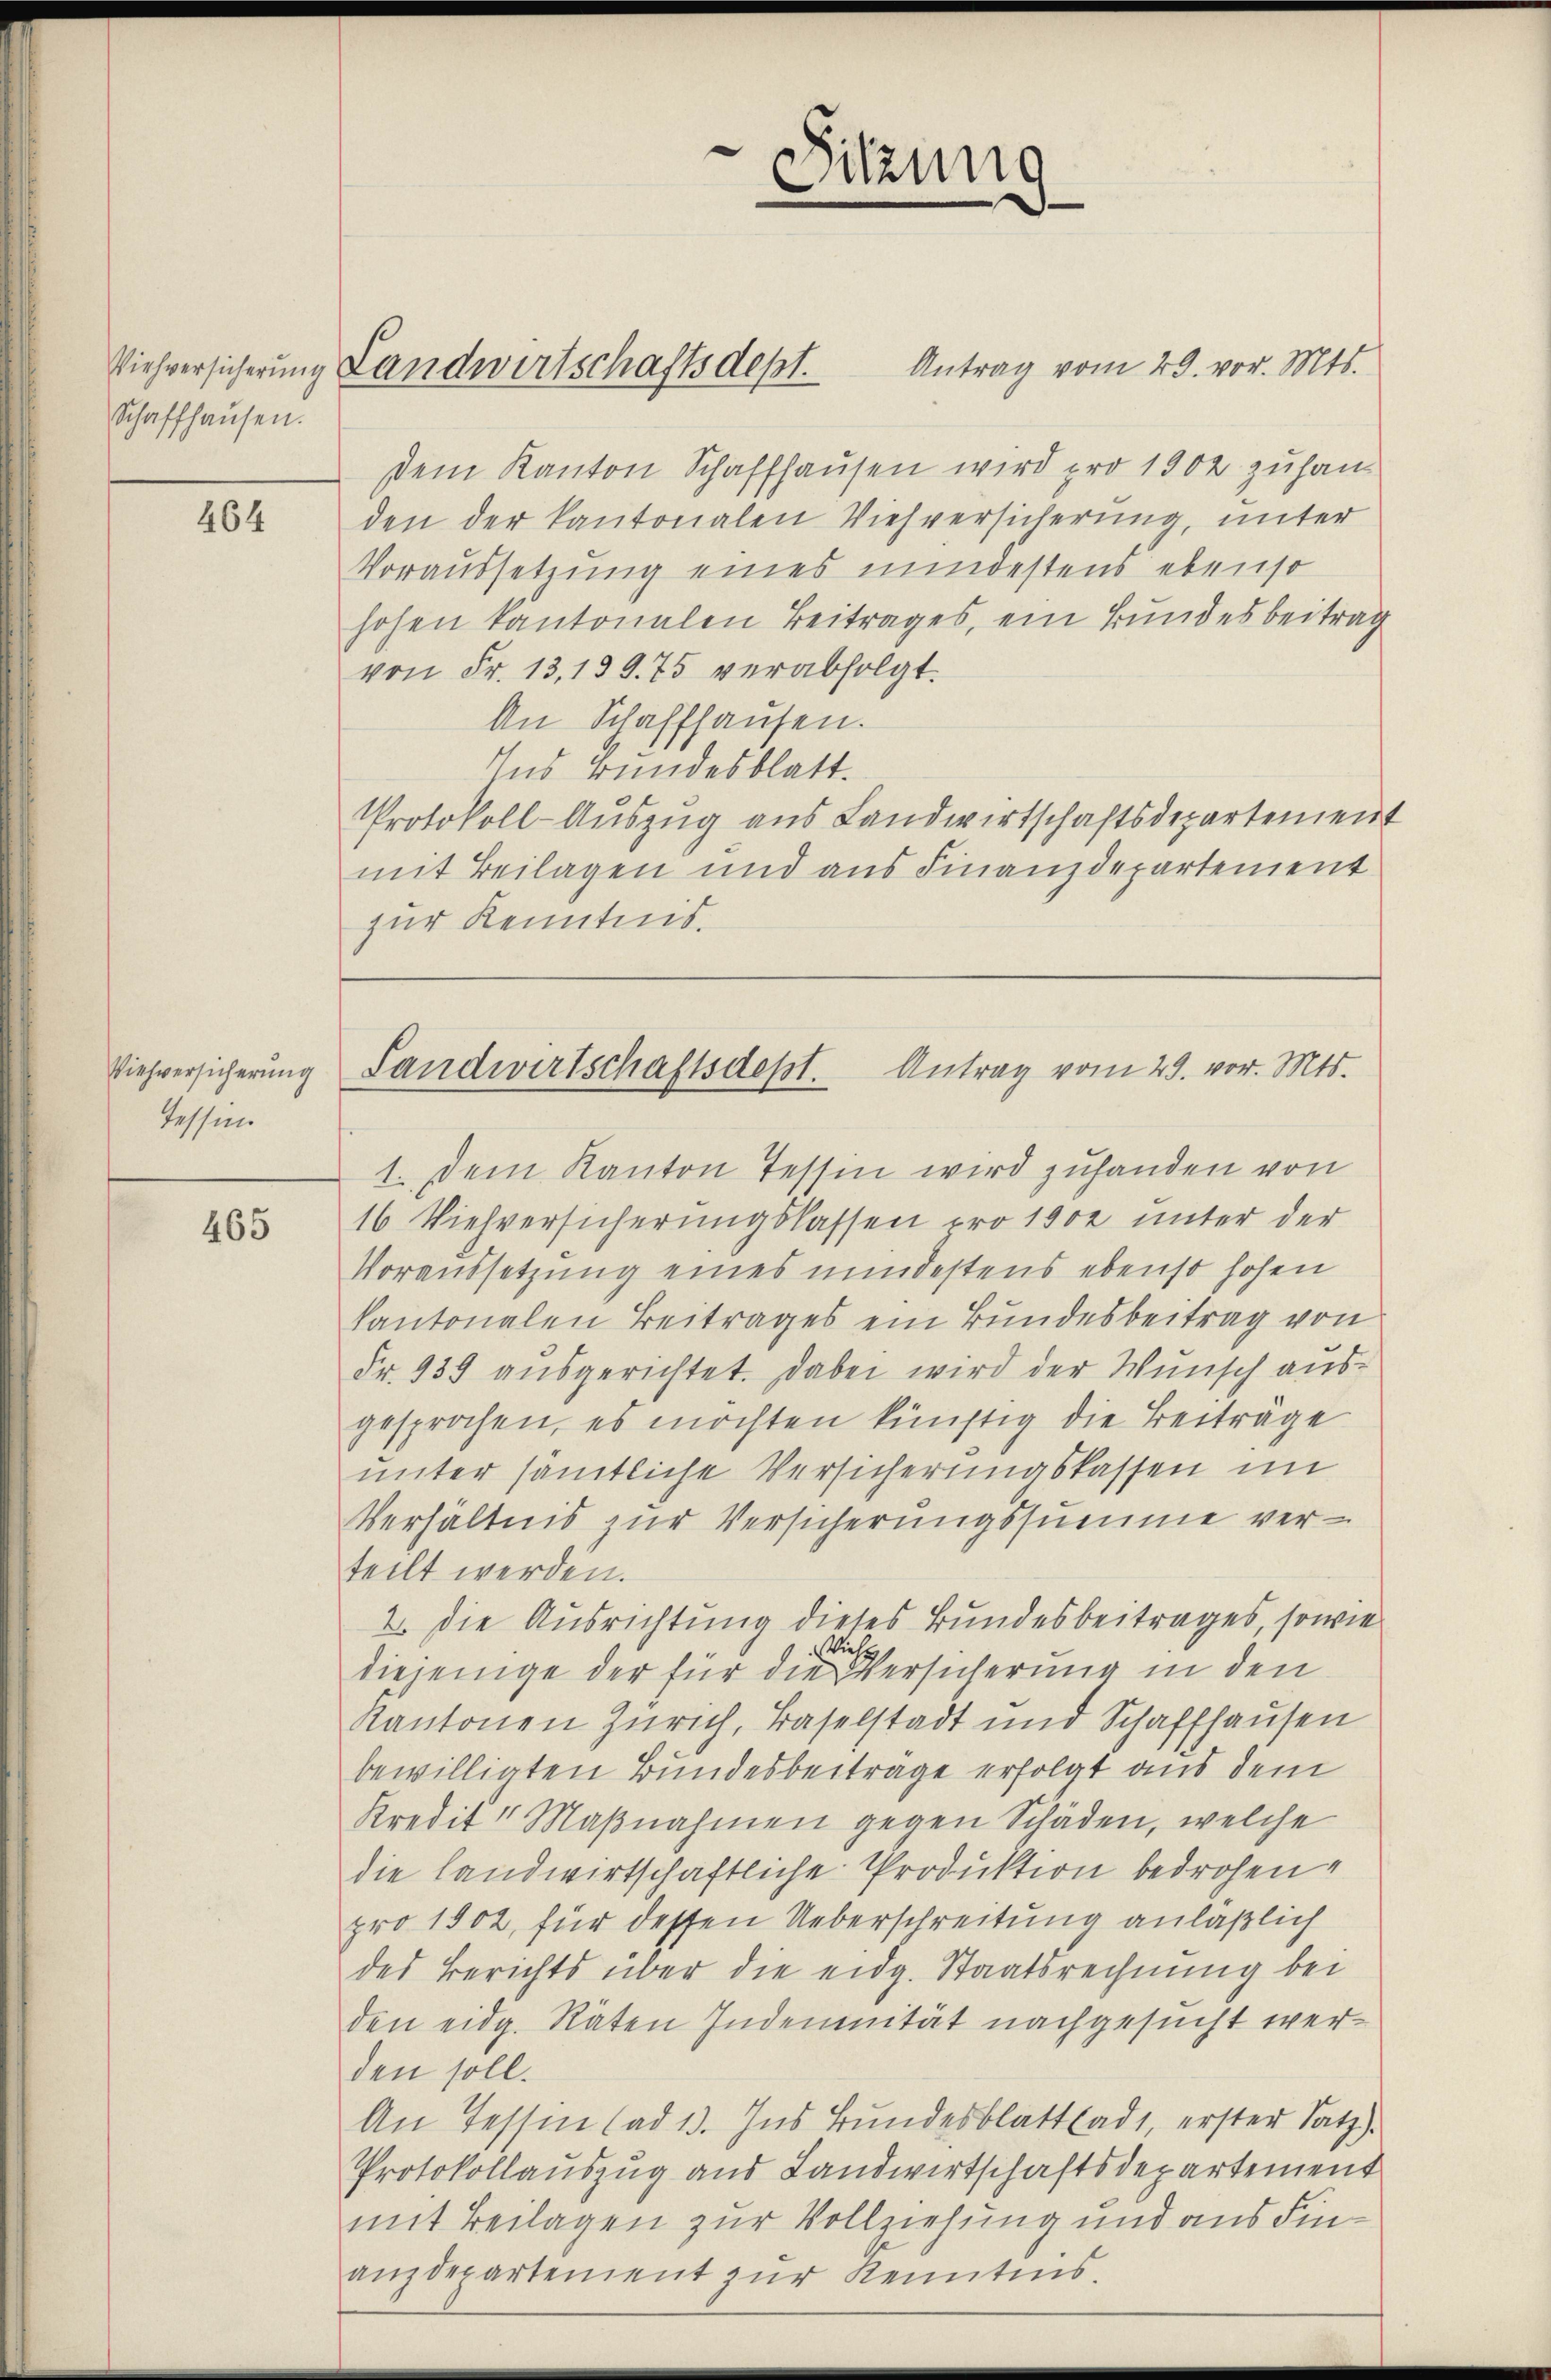
Schaffhausen.

464

Viehversicherung
tessen.

465

dem Kanton Schaffhausen wird pro 1902 zuhan-
den der kantonalen Viehversicherung, unter
Voraussetzung eines mindestens ebenso
hohen kantonalen Beitrages, ein Bundesbeitrag
von Fr. 13, 139. 75 verabfolgt.
An Schaffhausen.
Ins Bundesblatt.
Protokoll-Auszug aus Landwirtschaftsdepartement
mit Beilagen und aus Finanzdepartement
zur Kenntnis.

Viehversicherung Landwirtschaftsdept. Antrag vom 29. vor. Mts.

1. Dem Kanton Tessin wird zuhanden von
16 Viehversicherungslassen pro 1900 unter der
Voraussetzung eines mindestens ebenso hohen
kantonalen Beitrages ein Bundesbeitrag von
Fr. 939 ausgerichtet. Dabei wird der Wunsch ausgesprochen, es möchten künftig die Beiträge
unter sämtliche Versicherungskassen im
Verhältnis zur Versicherungssumme verteilt werden.
2. Die Ausrichtung dieses Bundesbeitrages, sowie
Wies
diejenige der für die Versicherung in den
Kantonen Zürich, Baselstadt und Schaffhausen
bewilligten Bundesbeiträge erfolgt aus dem
Kredit " Maβnahmen gegen Schäden, welche
die Landwirtschaftliche Produktion bedrohen,
pro 1902, für dessen Ueberschreitung anläßlich
des Berichts über die eidg. Staatsrechnung bei
den eidg. Räten Indemnität nachgesucht werden soll.
An Tessin (ad 13. Ins Bundesblattladt, erster Satz).
Protokollauszug aus Landwirtschaftsdepartement
mit Beilagen zur Vollziehung und aus Finanzdepartement zur Kenntens.

Sitzung

Landwirtschaftsdest. Antrag vom 29. vor. Mts.